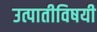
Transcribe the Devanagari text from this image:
उत्पातीविषयी